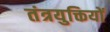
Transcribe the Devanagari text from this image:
तंत्रयुक्तियों